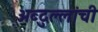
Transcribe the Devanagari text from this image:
अब्दुल्लांची